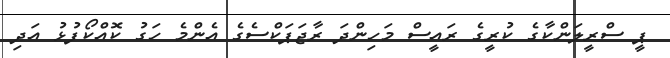
ޕީ ސްރީލަންކާގެ ކުރީގެ ރައީސް މަހިންދަ ރާޖަޕަކްސެގެ އެންމެ ހަގު ކޮއްކޯފުޅު އަދި